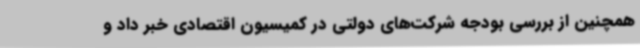
همچنین از بررسی بودجه شرکت‌های دولتی در کمیسیون اقتصادی خبر داد و